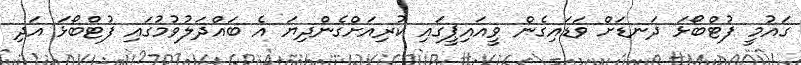
ގައުމީ ފުޓްބޯޅަ ދަނޑަށް ވަޑައިގެން ވީއައިޕީގައި ކުރިއަށްގެންދިޔަ އެ ބައްދަލުވުމުގައި ފުޓްބޯޅަ އަދި